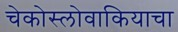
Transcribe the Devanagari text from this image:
चेकोस्लोवाकियाचा